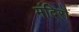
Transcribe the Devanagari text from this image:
मंदिरॊ